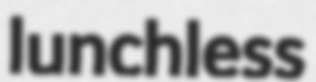
lunchless